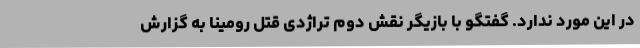
در این مورد ندارد. گفتگو با بازیگر نقش دوم تراژدی قتل رومینا به گزارش